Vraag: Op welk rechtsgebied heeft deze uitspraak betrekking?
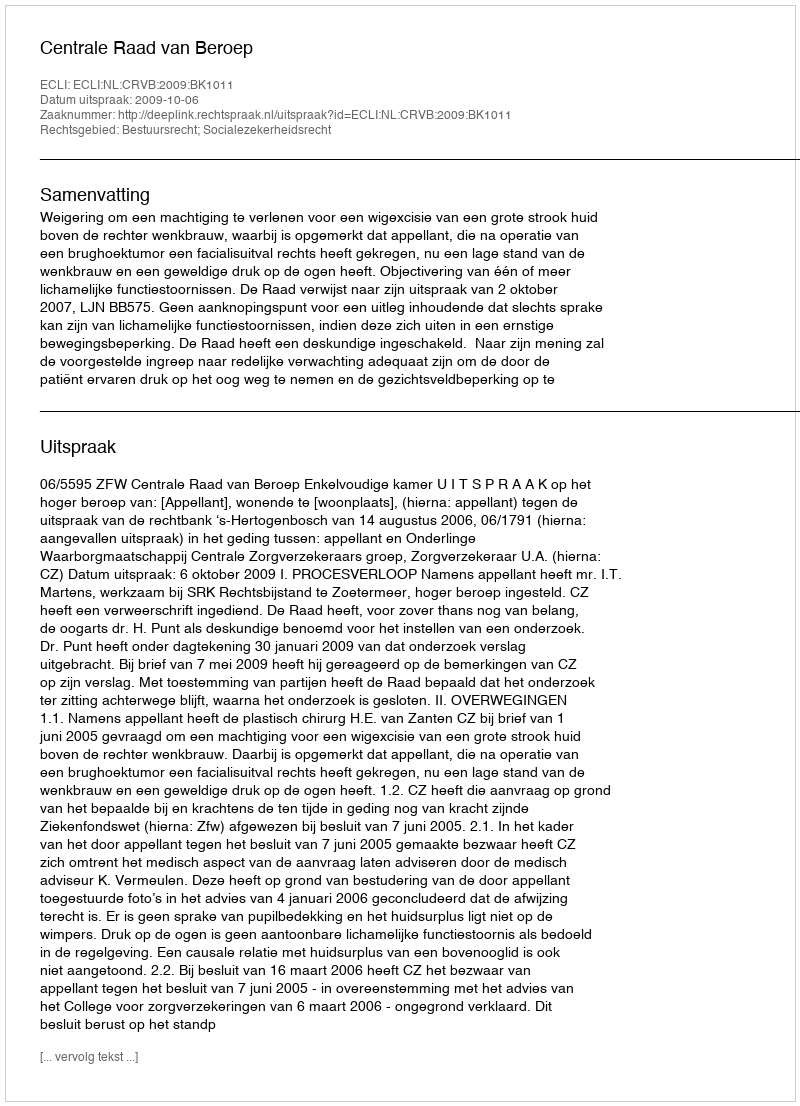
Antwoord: Bestuursrecht; Socialezekerheidsrecht